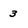
Character: 3